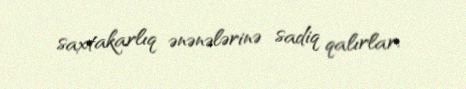
saxtakarlıq ənənələrinə sadiq qalırlar.